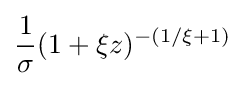
{\frac {1}{\sigma }}(1+\xi z)^{-(1/\xi +1)}